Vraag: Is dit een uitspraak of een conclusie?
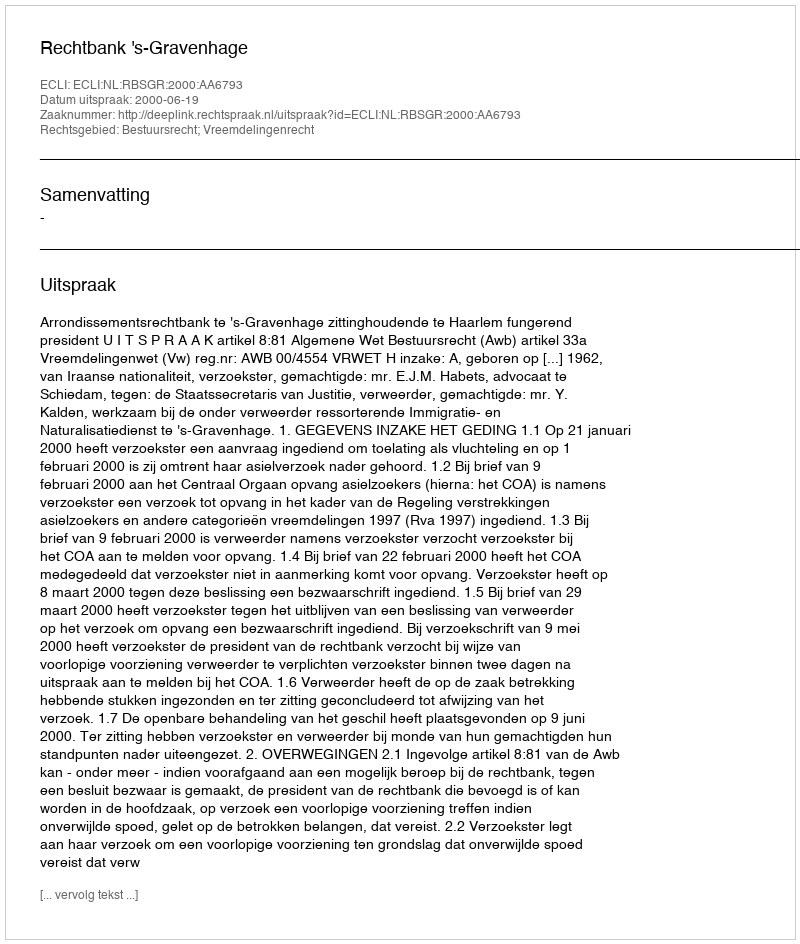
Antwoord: Uitspraak